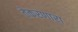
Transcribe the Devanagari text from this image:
तेकरणारा